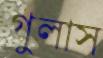
গুলাস